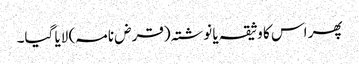
پھر اس کا وثیقہ یا نوشتہ (قرض نامہ) لایا گیا۔